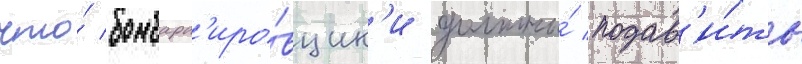
что́ бомбард'иро́вщик'и должны́ подав'и́ть